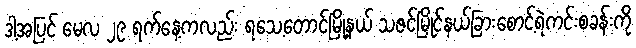
ဒါ့အပြင် မေလ ၂၉ ရက်နေ့ကလည်း ရသေ့တောင်မြို့နယ် သဇင်မြိုင်နယ်ခြားစောင့်ရဲကင်းစခန်းကို